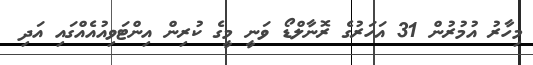
މިހާރު އުމުރުން 31 އަހަރުގެ ރޮނާލްޑޯ ވަނީ މީގެ ކުރިން އިންޓަވިއުއެއްގައި އަދި